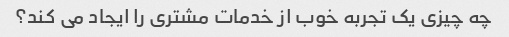
چه چیزی یک تجربه خوب از خدمات مشتری را ایجاد می کند؟